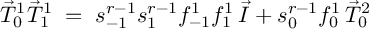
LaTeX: \vec { T } _ { 0 } ^ { 1 } \vec { T } _ { 1 } ^ { 1 } \; = \; s _ { - 1 } ^ { r - 1 } s _ { 1 } ^ { r - 1 } f _ { - 1 } ^ { 1 } f _ { 1 } ^ { 1 } \, \vec { I } + s _ { 0 } ^ { r - 1 } f _ { 0 } ^ { 1 } \, \vec { T } _ { 0 } ^ { 2 }